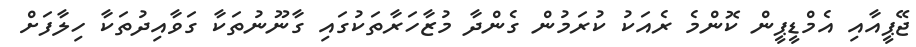
ޖޭޕީއާއި އެމްޑީޕީން ކޮންމެ ރެއަކު ކުރަމުން ގެންދާ މުޒާހަރާތަކުގައި ގާނޫނުތަކާ ގަވާއިދުތަކާ ހިލާފަށް